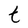
Character: t